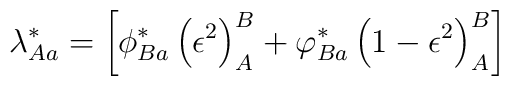
\lambda _{Aa}^{*}=\left[ \phi _{Ba}^{*}\left( \epsilon ^{2}\right)_{A}^{B}+\varphi _{Ba}^{*}\left( 1-\epsilon ^{2}\right) _{A}^{B}\right]